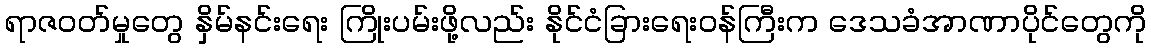
ရာဇဝတ်မှုတွေ နှိမ်နင်းရေး ကြိုးပမ်းဖို့လည်း နိုင်ငံခြားရေးဝန်ကြီးက ဒေသခံအာဏာပိုင်တွေကို